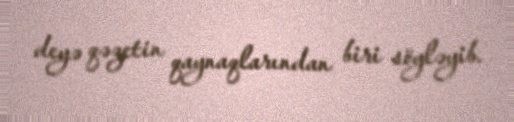
deyə qəzetin qaynaqlarından biri söyləyib.